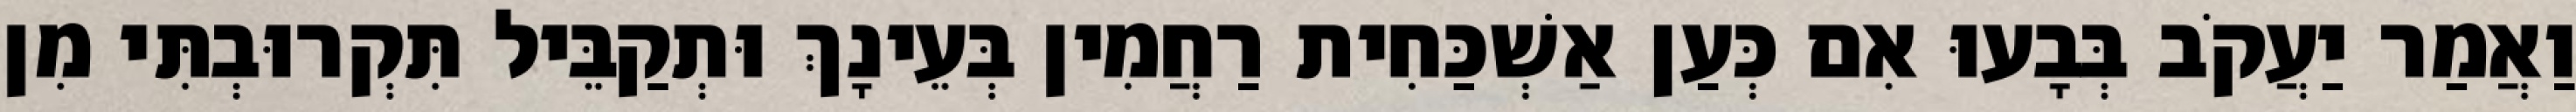
וַאֲמַר יַעֲקֹב בְּבָעוּ אִם כְּעַן אַשְׁכַּחִית רַחֲמִין בְּעֵינָךְ וּתְקַבֵּיל תִּקְרוּבְתִּי מִן